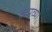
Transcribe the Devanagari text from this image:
कपव्या